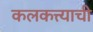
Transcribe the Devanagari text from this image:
कलकत्त्याची